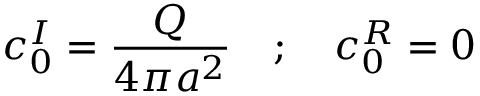
c _ { 0 } ^ { I } = \frac { Q } { 4 \pi a ^ { 2 } } \quad ; \quad c _ { 0 } ^ { R } = 0